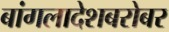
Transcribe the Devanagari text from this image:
बांगलादेशबरोबर